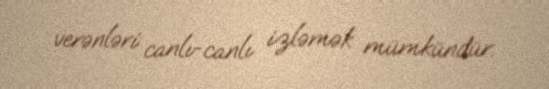
verənləri canlı-canlı izləmək mümkündür.